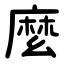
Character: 麼